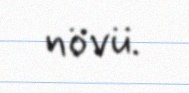
növü.